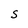
Character: S